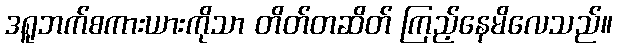
ဒရူဘက်စကားယားကိုသာ တိတ်တဆိတ် ကြည့်နေမိလေသည်။